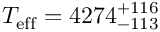
T _ { \mathrm { e f f } } = 4 2 7 4 _ { - 1 1 3 } ^ { + 1 1 6 }